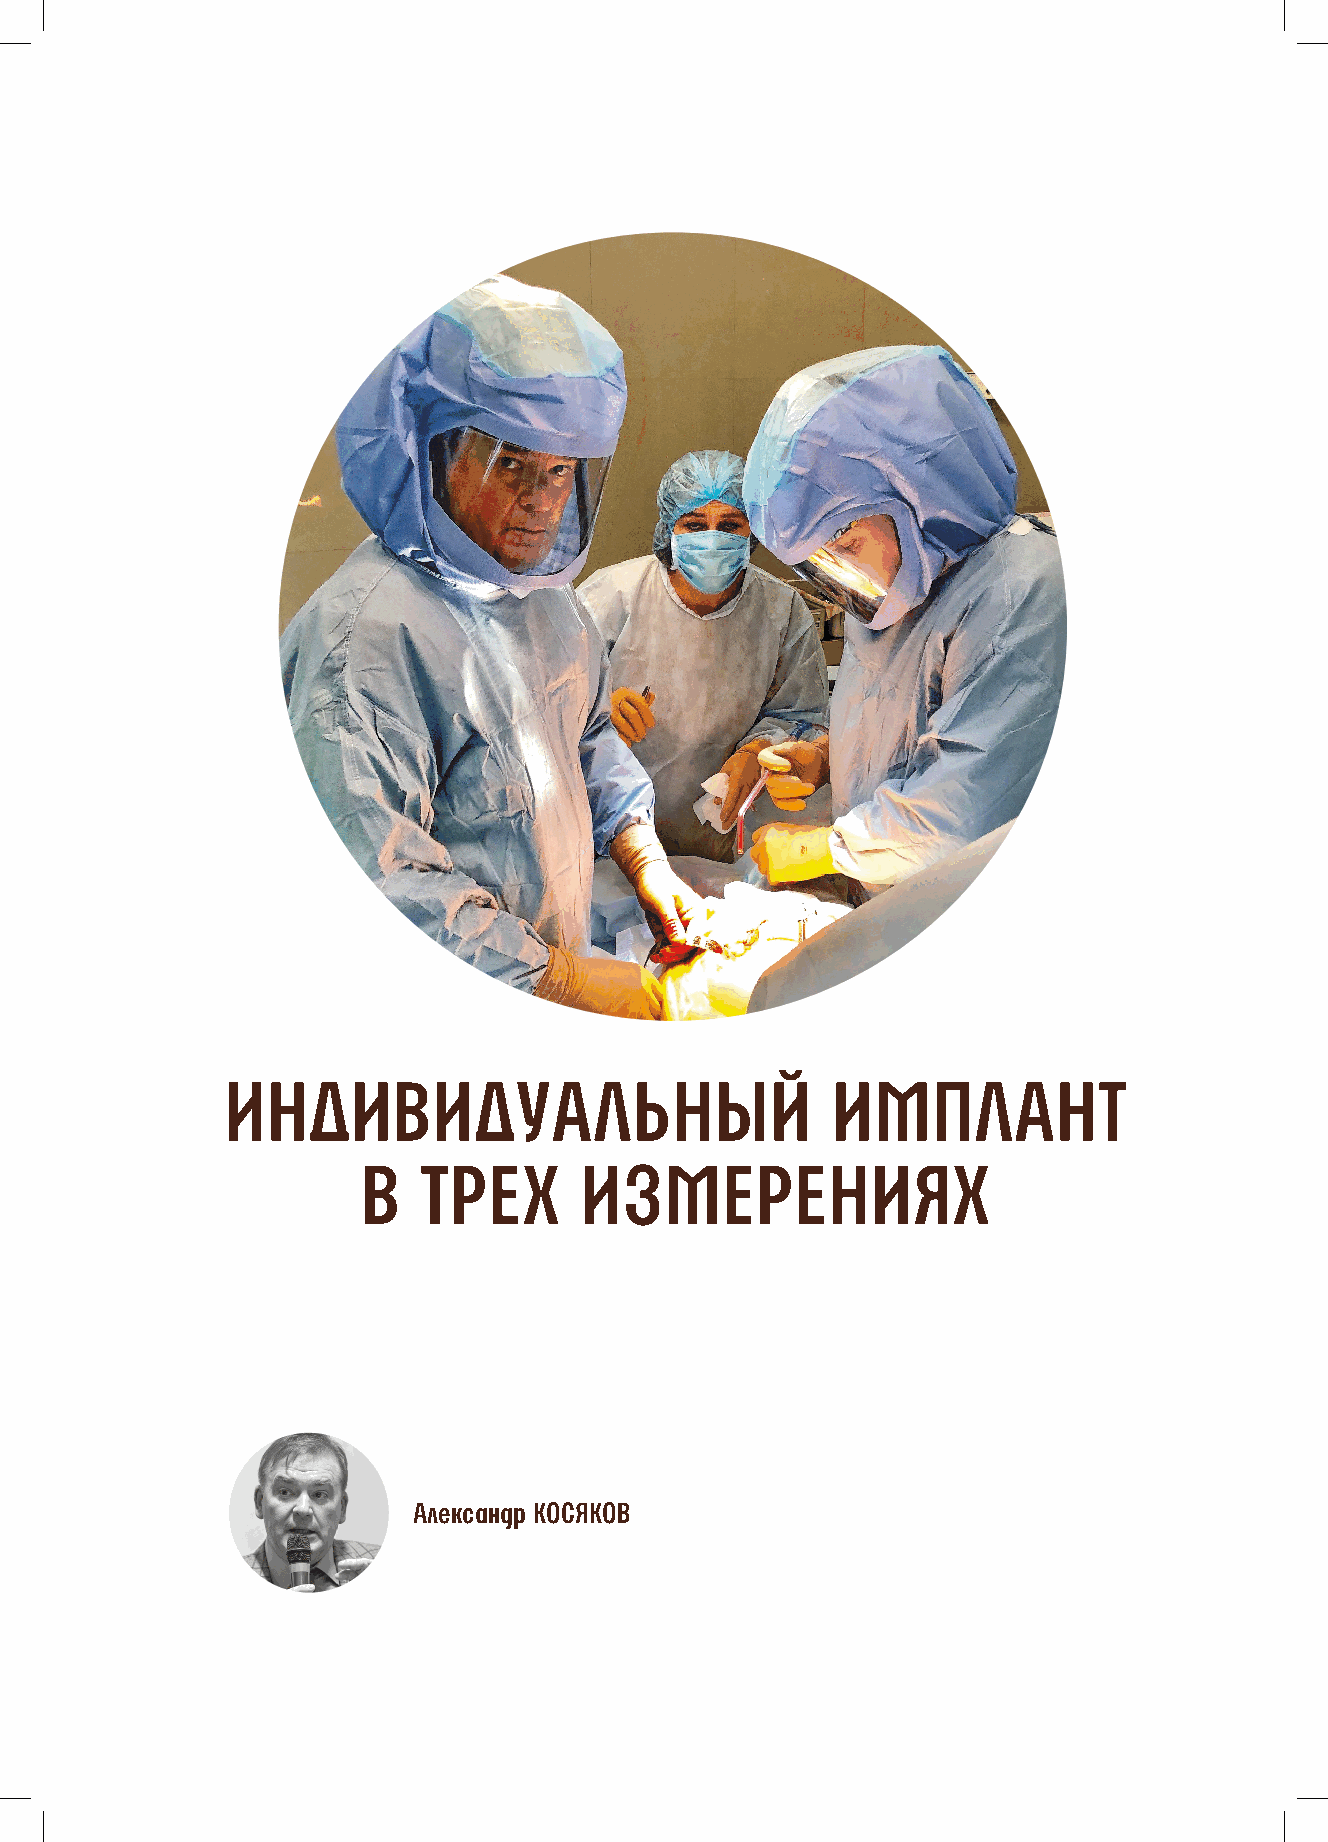
ИНДИВИДУАЛЬНЫЙ                          ИМПЛАНТ
 В   ТРЕХ      ИЗМЕРЕНИЯХ
 Александр КОСЯКОВ